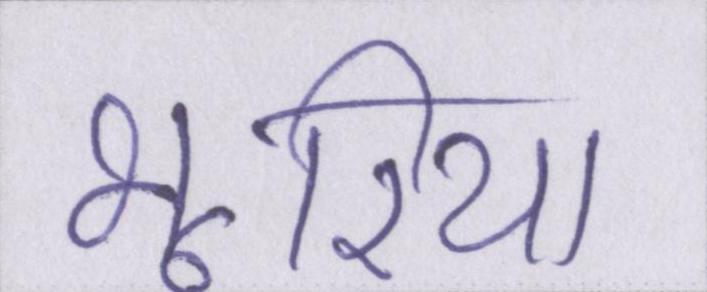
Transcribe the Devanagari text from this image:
भूरिया